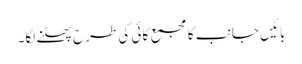
بائیں جانب کا مجمع کائی کی طرح پھٹنے لگا۔